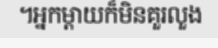
។អ្នកម្តាយក៏មិនគួរលួង